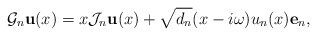
\begin{align*}\mathcal{G}_n\mathbf{u}(x)=x\mathcal{J}_n\mathbf{u}(x)+\sqrt{d_{n}}(x-i\omega)u_{n}(x)\mathbf{e}_n, \end{align*}